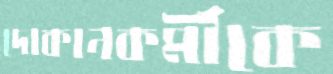
দোকানকর্মীকে